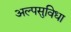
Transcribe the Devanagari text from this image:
अल्पसुविधा